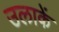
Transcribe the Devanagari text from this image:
उलाकें